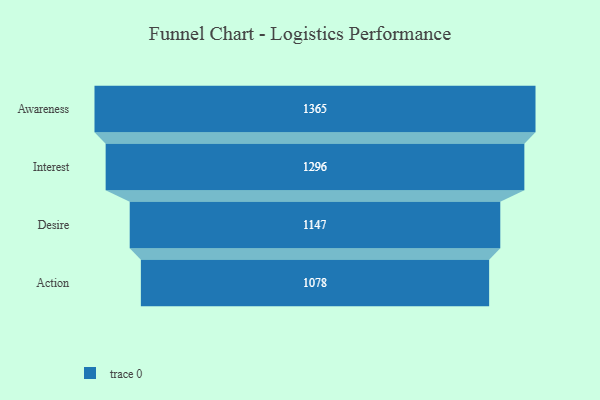
{"axis": {"x": "Stage", "y": "Value"}, "legend": [""], "data": [{"x": "Awareness", "y": 1365.0, "type": ""}, {"x": "Interest", "y": 1296.0, "type": ""}, {"x": "Desire", "y": 1147.0, "type": ""}, {"x": "Action", "y": 1078.0, "type": ""}]}